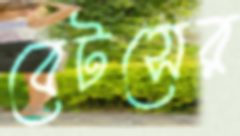
বেটসের